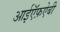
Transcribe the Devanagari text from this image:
आईऍफ़ऐबी